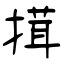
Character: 搑